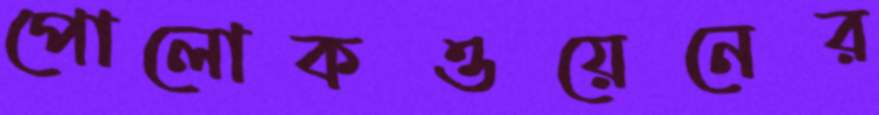
পোলোকওয়েনের